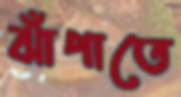
ঝাঁপাতে